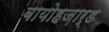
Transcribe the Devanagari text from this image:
बायोहज़ार्ड